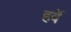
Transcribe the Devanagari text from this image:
हर्वे